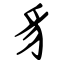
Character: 豸